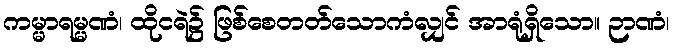
ကမ္မာရမ္မဏံ၊ ထိုငရဲ၌ ဖြစ်စေတတ်သောကံလျှင် အာရုံရှိသော။ ဉာဏံ၊